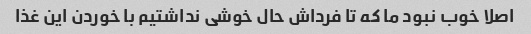
اصلا خوب نبود ما که تا فرداش حال خوشی نداشتیم با خوردن این غذا